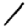
Digit: 1